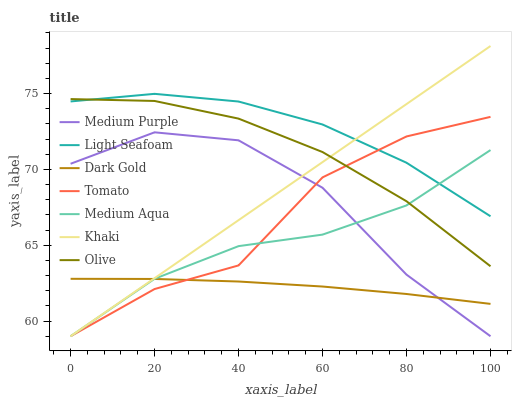
| xaxis_label | Medium Purple | Light Seafoam | Dark Gold | Tomato | Medium Aqua | Khaki | Olive |
 | --- | --- | --- | --- | --- | --- | --- | --- |
 | 0 | 70.4 | 74.5 | 62.8 | 59 | 59 | 59 | 74.6 |
 | 20 | 72.4 | 75 | 62.8 | 62.1 | 62.8 | 62.8 | 74.5 |
 | 40 | 71.9 | 74.5 | 62.6 | 63.7 | 64.9 | 66.7 | 73.3 |
 | 60 | 68.8 | 73 | 62.3 | 69.5 | 65.7 | 70.5 | 71.1 |
 | 80 | 63.1 | 70.4 | 61.8 | 72.2 | 67.6 | 74.3 | 67.9 |
 | 100 | 59 | 66.9 | 61.1 | 73.5 | 71.3 | 78.1 | 63.6 |